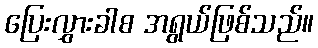
ပြေးလွှားခါစ အရွယ်ဖြစ်သည်။